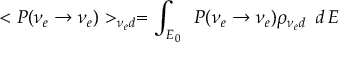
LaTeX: < P ( \nu _ { e } \to \nu _ { e } ) > _ { \nu _ { e } d } = \int _ { E _ { 0 } } \, ~ P ( \nu _ { e } \to \nu _ { e } ) \rho _ { \nu _ { e } d } \, ~ d \, E